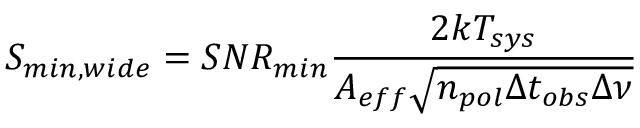
S _ { m i n , w i d e } = S N R _ { m i n } \frac { 2 k { T _ { s y s } } } { A _ { e f f } \sqrt { n _ { p o l } \Delta { t _ { o b s } } \Delta { \nu } } }